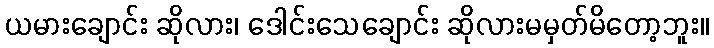
ယမားချောင်း ဆိုလား၊ ဒေါင်းသေချောင်း ဆိုလားမမှတ်မိတော့ဘူး။